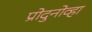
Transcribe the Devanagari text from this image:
प्रोदुनोव्हा